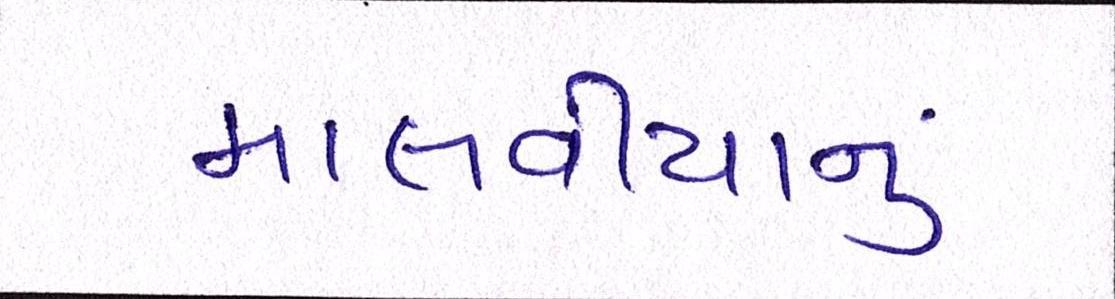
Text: માલવીયાનું